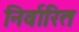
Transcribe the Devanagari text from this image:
निर्वारित